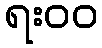
ရး၀၀